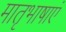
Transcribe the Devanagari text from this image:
मातृभाषाएं